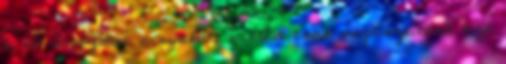
a nő simogatni a nyakát, mintha csak megtisztítaná azt